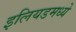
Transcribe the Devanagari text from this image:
इलियडमध्ये